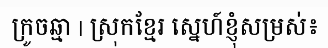
ក្រូចឆ្មា | ស្រុកខ្មែរ ស្នេហ៍ខ្ញុំសម្រស់៖